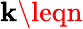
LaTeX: \mathbf{k}\leqn